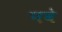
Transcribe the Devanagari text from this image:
पवे